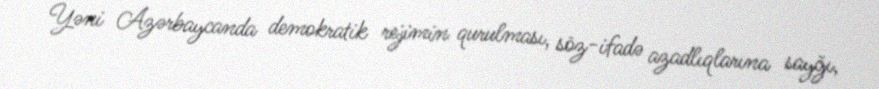
Yəni Azərbaycanda demokratik rejimin qurulması, söz-ifadə azadlıqlarına sayğı,